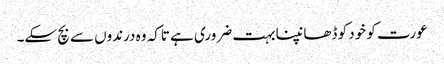
عورت کو خود کو ڈھانپنا بہت ضروری ہے تاکہ وہ درندوں سے بچ سکے۔